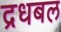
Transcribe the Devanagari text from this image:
द्रधबल